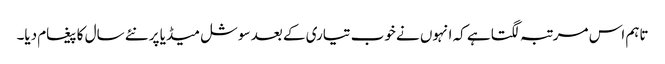
تاہم اس مرتبہ لگتا ہے کہ انہوں نے خوب تیاری کے بعد سوشل میڈیا پر نئے سال کا پیغام دیا۔